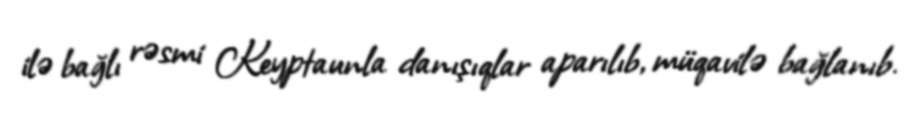
ilə bağlı rəsmi Keyptaunla danışıqlar aparılıb, müqavilə bağlanıb.